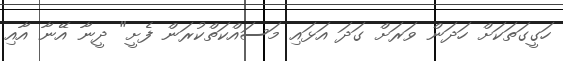
ހަގީގަތަކަށް ހަދަން ވަރަށް ގަދަ އަޅައި މަސައްކަތްކުރަން ފެށީ" ދީނާ އޭނާ އާއި